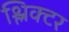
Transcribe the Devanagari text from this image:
श्लिक्टर